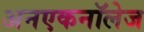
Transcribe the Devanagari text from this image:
अनएकनॉलेज